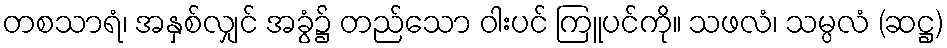
တစသာရံ၊ အနှစ်လျှင် အခွံ၌ တည်သော ဝါးပင် ကြူပင်ကို။ သဖလံ၊ သမ္ပလံ (ဆဋ္ဌ)